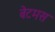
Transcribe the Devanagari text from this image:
बेटमस